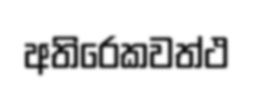
අතිරෙකවත්ථ